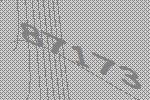
87173